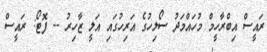
ރައީސް އިބްރާހީމް މުހައްމަދު ސޯލިހުގެ އަރިހުގައި އަލީ ޒާހިރު -- ފޮޓޯ: ރައީސް